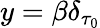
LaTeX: y={\beta}\delta_{\tau_{0}}